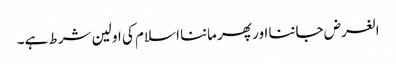
الغرض جاننا اور پھر ماننا اسلام کی اولین شرط ہے۔